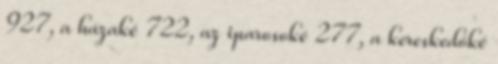
927, a házaké 722, az iparosoké 277, a kereskedőké